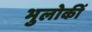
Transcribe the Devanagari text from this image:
भुलोकीं